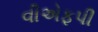
વીએફપી